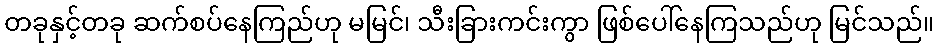
တခုနှင့်တခု ဆက်စပ်နေကြည်ဟု မမြင်၊ သီးခြားကင်းကွာ ဖြစ်ပေါ်နေကြသည်ဟု မြင်သည်။